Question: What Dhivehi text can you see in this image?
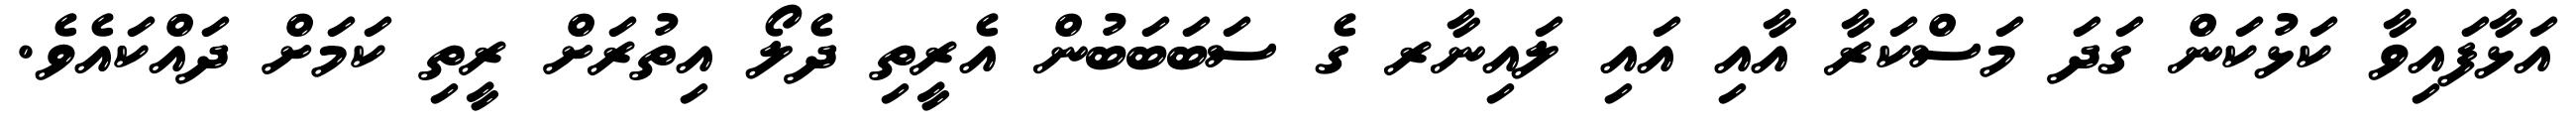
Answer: އަޅާފައިވާ ކަޅުކަން ގަދަ މަސްކަރާ އާއި އައި ލައިނާރ ގެ ސަބަބަބުން އެރީތި ދެލޯ އިތުރަށް ރީތި ކަމަށް ދައްކައެވެ.